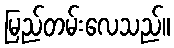
မြည်တမ်းလေသည်။